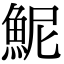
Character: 𫙖